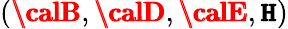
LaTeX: (\pmb{{\calB}},\pmb{{\calD}},\pmb{{\calE}},\pmb{{\cal\mathtt{H}}})